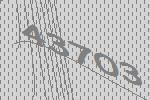
43703